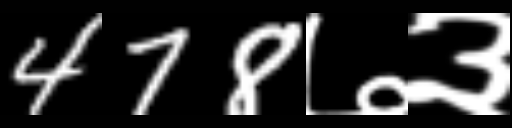
Text: 478७३